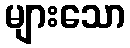
များသော